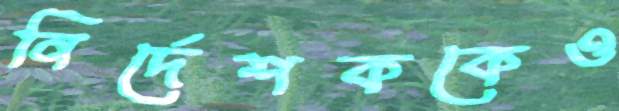
নির্দেশককেও